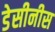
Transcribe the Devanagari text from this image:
डेसीनीस